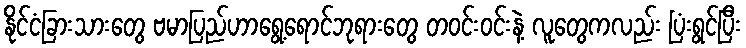
နိုင်ငံခြားသားတွေ ဗမာပြည်ဟာရွေ့ရောင်ဘုရားတွေ တဝင်းဝင်းနဲ့ လူတွေကလည်း ပြံးရွင်ပြီး